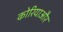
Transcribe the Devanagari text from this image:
कोरियाऔर